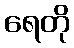
ရေတို